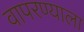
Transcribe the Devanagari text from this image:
वापरण्याला